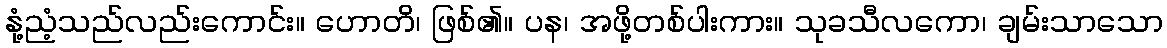
နုံ့ညံ့သည်လည်းကောင်း။ ဟောတိ၊ ဖြစ်၏။ ပန၊ အဖို့တစ်ပါးကား။ သုခသီလကော၊ ချမ်းသာသော